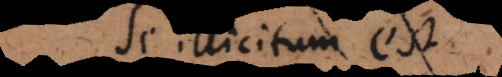
se illicitum est.